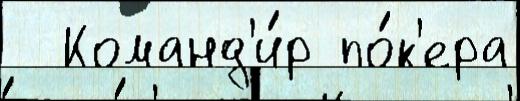
  Команд'и́р по́к'ера